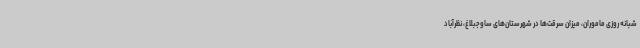
شبانه روزی ماموران، میزان سرقت‌ها در شهرستان‌های ساوجبلاغ، نظرآباد